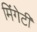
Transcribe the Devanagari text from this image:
मिंगेटी